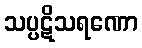
သပ္ပဋိသရဏော